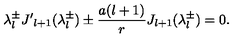
\lambda _ { l } ^ { \pm } { J ^ { \prime } } _ { l + 1 } ( \lambda _ { l } ^ { \pm } ) \pm \frac { a ( l + 1 ) } r J _ { l + 1 } ( \lambda _ { l } ^ { \pm } ) = 0 .